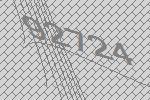
92724